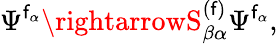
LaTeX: \Psi^{\mathsf{f}_{\alpha}}\rightarrowS_{\beta\alpha}^{(\mathsf{f})}\Psi^{\mathsf{f}_{\alpha}},